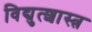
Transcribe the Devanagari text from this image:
विद्युत्शास्त्र